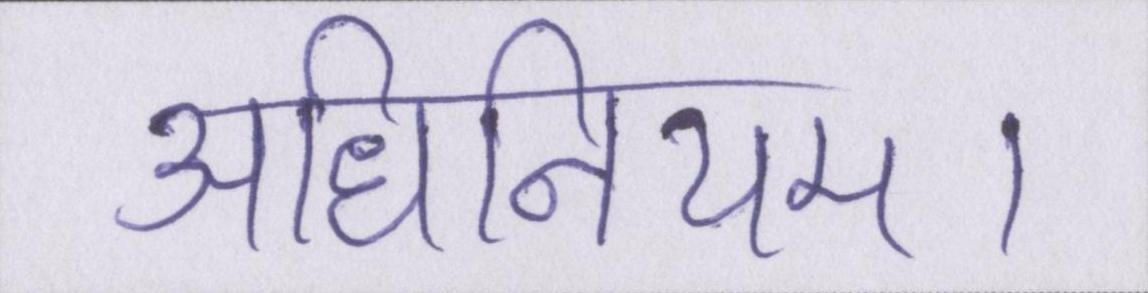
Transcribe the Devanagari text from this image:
अधिनियम।